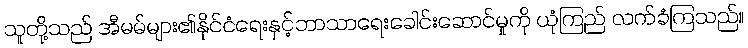
သူတို့သည် အီမမ်များ၏နိုင်ငံရေးနှင့်ဘာသာရေးခေါင်းဆောင်မှုကို ယုံကြည် လက်ခံကြသည်။